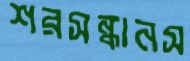
শরসন্ধানস